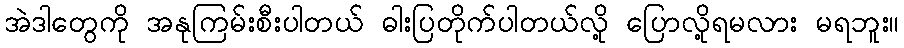
အဲဒါတွေကို အနုကြမ်းစီးပါတယ် ဓါးပြတိုက်ပါတယ်လို့ ပြောလို့ရမလား မရဘူး။